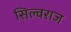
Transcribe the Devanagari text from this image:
सिल्वराज